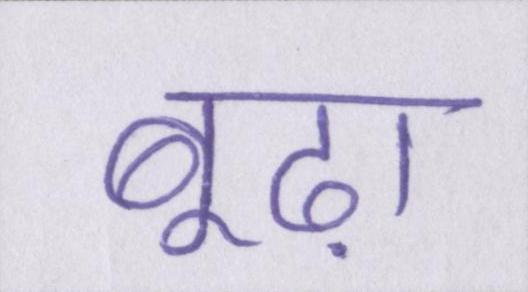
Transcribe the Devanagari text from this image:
बूढ़ा